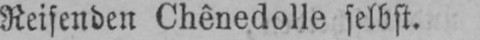
Reifenden Chênedolle selbst.